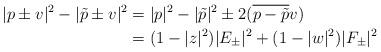
LaTeX: \begin{align*}\begin{aligned}|p\pm v|^2 - |\tilde{p} \pm v|^2 &= |p|^2-|\tilde{p}|^2 \pm 2(\overline{p-\tilde{p}}v)\\&=(1-|z|^2)|E_{\pm}|^2 + (1-|w|^2)|F_{\pm}|^2\end{aligned}\end{align*}